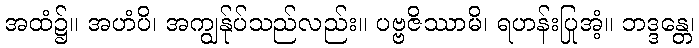
အထံ၌။ အဟံပိ၊ အကျွန်ုပ်သည်လည်း။ ပဗ္ဗဇိဿာမိ၊ ရဟန်းပြုအံ့။ ဘဒ္ဒန္တေ၊